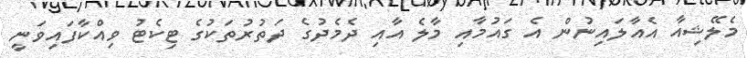
މެލޭޝިއާ އެއާލައިނުން އެ ގައުމާއި މާލެ އާއި ދެމެދުގެ ދަތުރުތަކުގެ ޓިކެޓު ވިއްކާފައިވަނީ